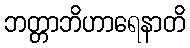
ဘတ္တာဘိဟာရေနာတိ